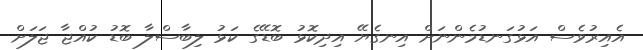
އެއިރުވެސް އަޅުގަނޑުމެންނަށް އިނގެޔޭ އިދިކޮޅު ބޮޑޭގެ ކަޅު ލިބާސްލާ ބޮޑު ކުއްޖާ ޖަލަށް